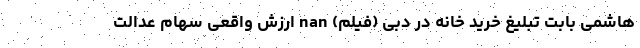
هاشمی بابت تبلیغ خرید خانه در دبی (فیلم) nan ارزش واقعی سهام عدالت